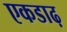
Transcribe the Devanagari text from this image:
एकडाढ़